Leaving Certificate Examination, 1921
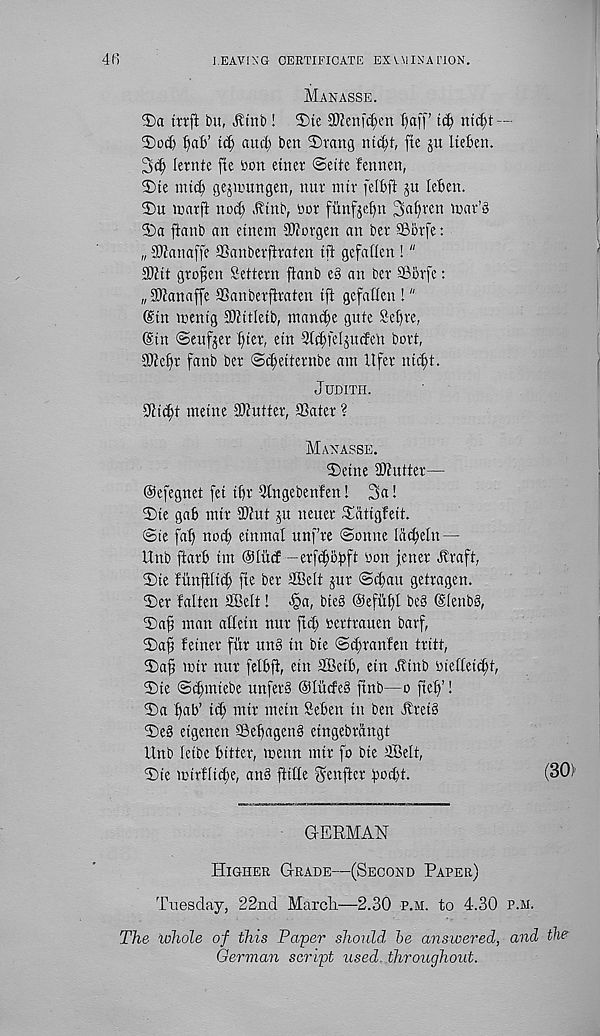
I.EAVIXG CERTIFICATE EXAMINATION.
Manasse.
trrft bit, Jttnb! ®te 2JJenf$en f)af(’
nt(^t —
3)od) ^ab’ ti^ aucl) ben 2)vang m$t, fte ju Iteben.
lernte fte bon etner ©eite fennen,
2)te intcf gejmungen, nut nur felbft ju leben.
2)
u mnrft nod) .Ktnb,
3)
a ftanb an etneni S
„ SOianaffe ©anberfiraten ift gcfaflen !"
SUtt grofen Settern ftanb e§ an bet 33orfe:
„3Wanaffe ©anberfiraten ift gcfatJcn !"
(Sin roentg ®?ttletb, ntan^e gute Sef)ve,
(Sin Sender §ter, etn ©c^feljtnfen bovt,
3JJetfr fanb ber ©c^ettenibe am lifer ntcf)t.
Judith.
9ticf)t metne Gutter, ©ater ?
Maxasse.
Seine ©totter—
Oefegnet fet t()r ©ngebenfen! 3a!
Ste gab mtr ©tot ju newer ©atigfett.
©te fat) nod) einmal unf’re ©onne lat^eln-—
Unb ftarb tm ©liicf - erfd;obft bon fener itraft,
Ste tiinfttti^ fte ber ©Belt jur ©(ban getragen.
Ser fatten ©Belt! «§a, bte§ @efitt)I bc§ (Slenbb,
Saf man attein nur fid; bertrauen barf,
Safi fetner fur un§ tn bte @d;ranfen tritt,
Sa§ mtr nur fetbft, etn ©Betb, etn Jttnb bietteitbt,
Ste ©(bmtebe unfer§ ©litdeb ftnb—o ft elf!
Sa f)^b’ id; mtr mein Seben ttt ben itret§
Se§ etgenett ©ebagenb etngebrangt
Unb letbe bitter, menn mtr fo bte ©Belt,
Ste mtrfltd;e, an§ ftitle ^enfter bbd;t.
(301
GERMAN
Higher Grade—(Second Paper)
Tuesday, 22nd Marcli—2.30 p.m. to 4.30 p.m.
The whole of this Paper should be answered, and the
German script used, throughout.